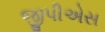
જીપીએસ